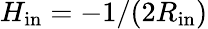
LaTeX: H_{\mathrm{in}}=-1/(2R_{\mathrm{in}})